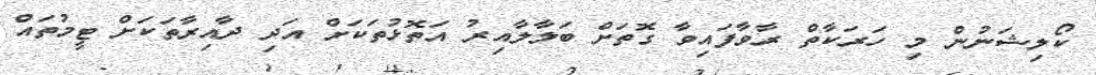
ކޯލިޝަނުން މި ހަރަކާތް ރާވާފައިވާ ގޮތަށް ބަލާލާއިރު އަތޮޅުތަކަށް އަދި ދާއިރާތަކަށް ޓީމުތައް